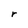
Character: r